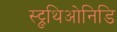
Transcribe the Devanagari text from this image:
स्ट्रुथिओनिडि